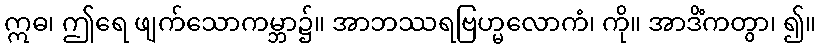
ဣဓ၊ ဤရေ ဖျက်သောကမ္ဘာ၌။ အာဘဿရဗြဟ္မလောကံ၊ ကို။ အာဒိံကတွာ၊ ၍။